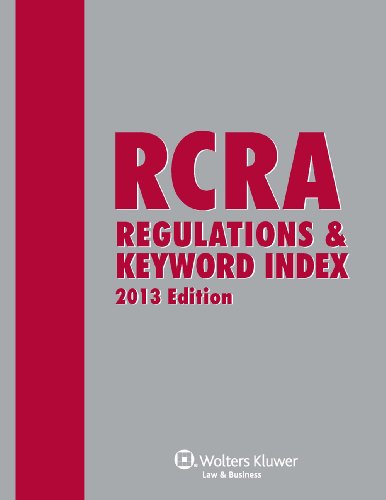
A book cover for RCRA Regulations & Keyword Index, 2013 Edition; Aspen Editorial Staff; Law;